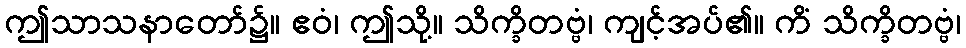
ဤသာသနာတော်၌။ ဧဝံ၊ ဤသို့။ သိက္ခိတဗ္ဗံ၊ ကျင့်အပ်၏။ ကိံ သိက္ခိတဗ္ဗံ၊